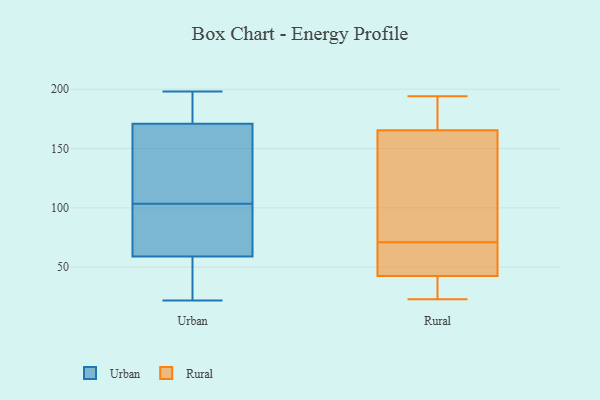
{"axis": {"x": "Page Views", "y": "Value"}, "legend": ["Rural", "Urban"], "data": [{"x": "", "y": 104, "type": "Urban"}, {"x": "", "y": 29, "type": "Urban"}, {"x": "", "y": 120, "type": "Urban"}, {"x": "", "y": 22, "type": "Urban"}, {"x": "", "y": 171, "type": "Urban"}, {"x": "", "y": 182, "type": "Urban"}, {"x": "", "y": 166, "type": "Urban"}, {"x": "", "y": 77, "type": "Urban"}, {"x": "", "y": 198, "type": "Urban"}, {"x": "", "y": 78, "type": "Urban"}, {"x": "", "y": 25, "type": "Urban"}, {"x": "", "y": 75, "type": "Urban"}, {"x": "", "y": 178, "type": "Urban"}, {"x": "", "y": 103, "type": "Urban"}, {"x": "", "y": 180, "type": "Urban"}, {"x": "", "y": 108, "type": "Urban"}, {"x": "", "y": 35, "type": "Urban"}, {"x": "", "y": 59, "type": "Urban"}, {"x": "", "y": 153, "type": "Rural"}, {"x": "", "y": 180, "type": "Rural"}, {"x": "", "y": 45, "type": "Rural"}, {"x": "", "y": 70, "type": "Rural"}, {"x": "", "y": 32, "type": "Rural"}, {"x": "", "y": 150, "type": "Rural"}, {"x": "", "y": 184, "type": "Rural"}, {"x": "", "y": 194, "type": "Rural"}, {"x": "", "y": 70, "type": "Rural"}, {"x": "", "y": 35, "type": "Rural"}, {"x": "", "y": 40, "type": "Rural"}, {"x": "", "y": 23, "type": "Rural"}, {"x": "", "y": 64, "type": "Rural"}, {"x": "", "y": 139, "type": "Rural"}, {"x": "", "y": 178, "type": "Rural"}, {"x": "", "y": 72, "type": "Rural"}]}